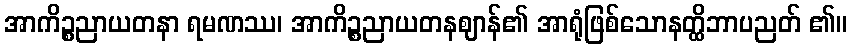
အာကိဉ္စညာယတနာ ရမဏဿ၊ အာကိဉ္စညာယတနဈာန်၏ အာရုံဖြစ်သောနတ္ထိဘာပညတ် ၏။